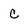
Character: C